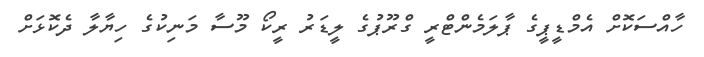
ހާއްސަކޮށް އެމްޑީޕީގެ ޕާލަމެންޓްރީ ގްރޫޕުގެ ލީޑަރު ރީކޯ މޫސާ މަނިކުގެ ހިޔާލާ ދެކޮޅަށް